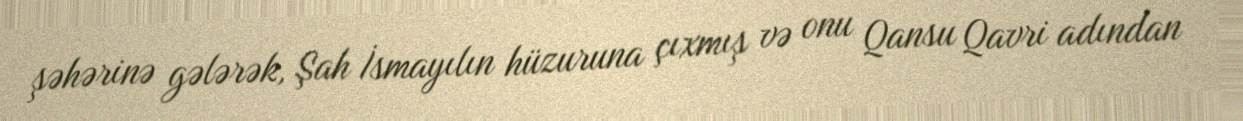
şəhərinə gələrək, Şah İsmayılın hüzuruna çıxmış və onu Qansu Qavri adından